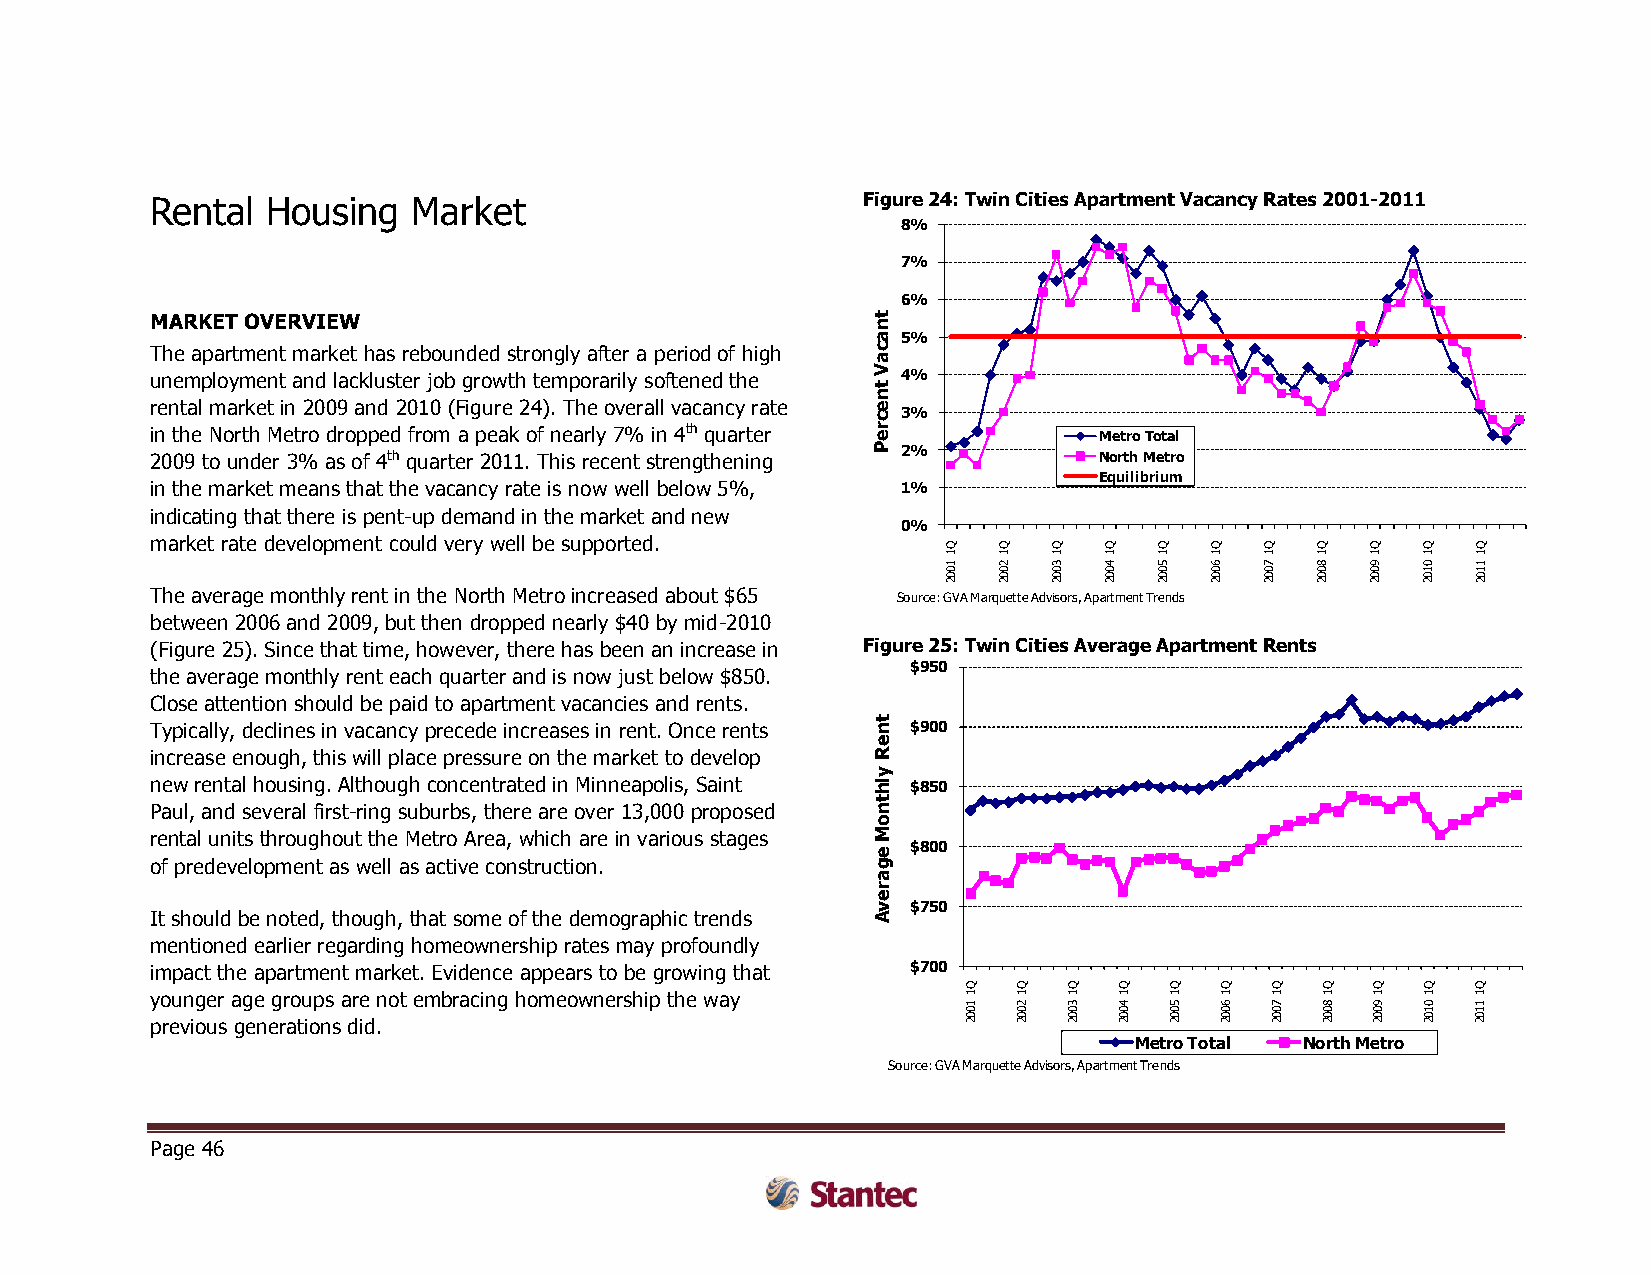
Rental  Housing  Market                        Figure 24: Twin Cities Apartment Vacancy Rates 2001-2011
 8%
 7%
 6%
 MARKET OVERVIEW                                 t n
 a 5%
 The apartment market has rebounded strongly after a period of high c
 a
 unemployment and lackluster job growth temporarily softened the V
 t
 4%
 n
 rental market in 2009 and 2010 (Figure 24). The overall vacancy rate e c 3%
 in the North Metro dropped from a peak of nearly 7% in 4th quarter r e Metro Total
 2009 to under 3% as of 4th quarter 2011. This recent strengthening P 2% North Metro
 Equilibrium
 in the market means that the vacancy rate is now well below 5%, 1%
 indicating that there is pent-up demand in the market and new
 0%
 market rate development could very well be supported.
 Q  Q   Q  Q   Q  Q   Q  Q   Q  Q   Q
 1  1   1  1   1  1   1  1   1  1   1
 1002 2002 3002 4002 5002 6002 7002 8002 9002 0102 1102
 The average monthly rent in the North Metro increased about $65 Source: GVA Marquette Advisors, Apartment Trends
 between 2006 and 2009, but then dropped nearly $40 by mid-2010
 (Figure 25). Since that time, however, there has been an increase in Figure 25: Twin Cities Average Apartment Rents
 $950
 the average monthly rent each quarter and is now just below $850.
 Close attention should be paid to apartment vacancies and rents.
 Typically, declines in vacancy precede increases in rent. Once rents t n $900
 e
 increase enough, this will place pressure on the market to develop R
 y
 new rental housing. Although concentrated in Minneapolis, Saint lh $850
 t
 Paul, and several first-ring suburbs, there are over 13,000 proposed n
 o
 rental units throughout the Metro Area, which are in various stages M
 e $800
 of predevelopment as well as active construction. g
 a
 r
 e
 v $750
 It should be noted, though, that some of the demographic trends A
 mentioned earlier regarding homeownership rates may profoundly
 impact the apartment market. Evidence appears to be growing that $700
 Q  Q   Q  Q  Q   Q  Q  Q   Q  Q   Q
 y po reu vn ig oe ur
 s
 a gg ee
 n
 eg rr ao tu iop ns
 s
 a dre
 id
 .n ot embracing homeownership the way  1
 1002
 1
 2002
 1
 3002
 1
 4002
 1
 5002
 1
 6002
 1
 7002
 1
 8002
 1
 9002
 1
 0102
 1
 1102
 Metro Total North Metro
 Source: GVA Marquette Advisors, Apartment Trends
 Page 46